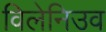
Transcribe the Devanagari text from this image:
विलेनिउव